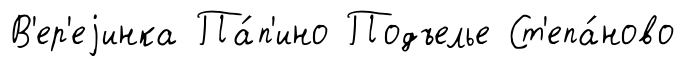
В'ер'еjинка Па́п'ино Подъелье Ст'епа́ново